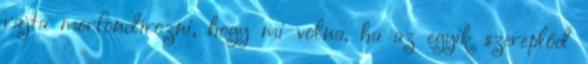
rajta morfondírozni, hogy mi volna, ha az egyik szereplőd